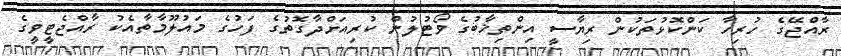
ރާއްޖޭގެ ހުރިހާ ކަންކޮޅުތަކުން ރިޔާސީ އިންތިޚާބުގެ ވޯޓުލުން ކުރިއަށްދާގޮތުގެ ފަހުގެ މައުލޫމާތާއެކު ރާއްޖެޓީވީގެ